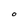
Character: O